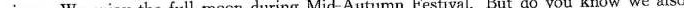
views. We enjoy the full moon during Mid-Autumn Festival. But do you know we also